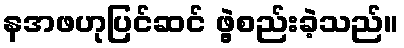
နအဖဟုပြင်ဆင် ဖွဲ့စည်းခဲ့သည်။